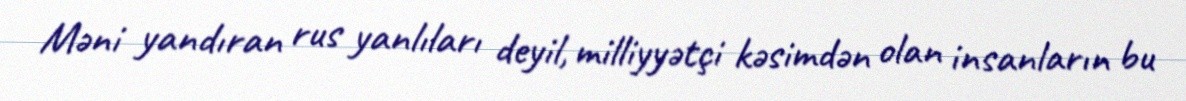
Məni yandıran rus yanlıları deyil, milliyyətçi kəsimdən olan insanların bu